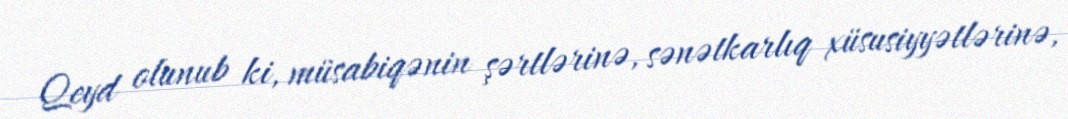
Qeyd olunub ki, müsabiqənin şərtlərinə, sənətkarlıq xüsusiyyətlərinə,